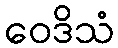
ဝေဒိသံ